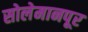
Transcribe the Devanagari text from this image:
सोलेमानपूर